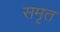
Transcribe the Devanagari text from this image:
समृत